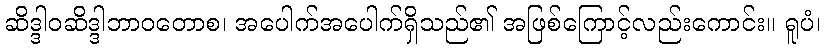
ဆိဒ္ဒါဝဆိဒ္ဒါဘာဝတောစ၊ အပေါက်အပေါက်ရှိသည်၏ အဖြစ်ကြောင့်လည်းကောင်း။ ရူပံ၊